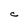
Character: C